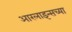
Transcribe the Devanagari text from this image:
आरलाइन्सच्या